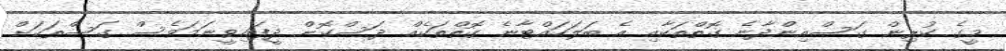
މީގެ ކުރިން ގަސްއިންދާނެ ގޮތްތަކާއި އެ ބަލަހައްޓާނެ ގޮތްތަކެއް ދަސްކޮށް ދީފައިވީނަމަވެސް ގަސްތަކަށް